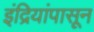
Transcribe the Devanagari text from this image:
इंद्रियांपासून